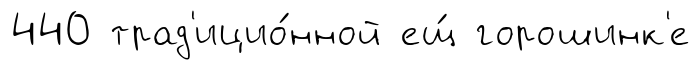
440 трад'ицио́нной ещ́ горошинк'е